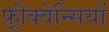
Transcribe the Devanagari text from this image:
फ़्रीक्वेन्सियों